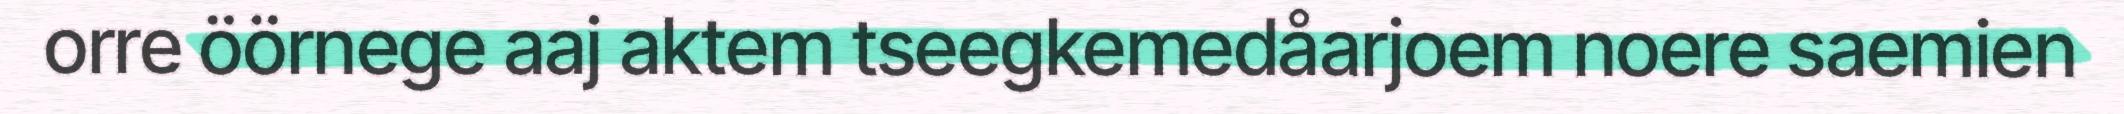
orre öörnege aaj aktem tseegkemedåarjoem noere saemien